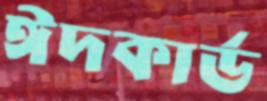
ঈদকার্ড